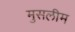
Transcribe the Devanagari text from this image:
मुसलीम